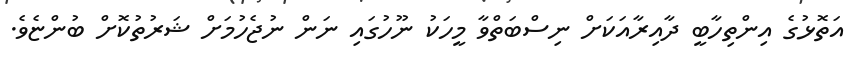
އަތޮޅުގެ އިންތިހާބީ ދާއިރާއަކަށް ނިސްބަތްވާ މީހަކު ނޫހުގައި ނަން ނުޖެހުމަށް ޝަރުތުކޮށް ބުންޏެވެ.